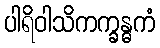
ပါရိဝါသိကက္ခန္ဓကံ